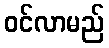
ဝင်လာမည်